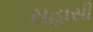
સહાસી